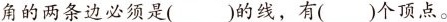
角的两条边必须是()的线，有()个顶点。